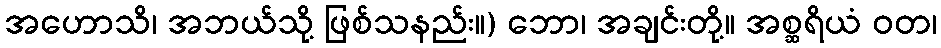
အဟောသိ၊ အဘယ်သို့ ဖြစ်သနည်း။) ဘော၊ အချင်းတို့။ အစ္ဆရိယံ ဝတ၊